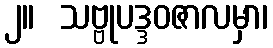
၂။  သဗ္ဗုပဒ္ဒဝဇာလမှာ၊